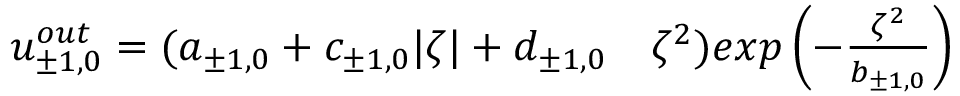
\begin{array} { r l } { u _ { \pm 1 , 0 } ^ { o u t } = ( a _ { \pm 1 , 0 } + c _ { \pm 1 , 0 } | \zeta | + d _ { \pm 1 , 0 } } & { { } \zeta ^ { 2 } ) e x p \left( - \frac { \zeta ^ { 2 } } { b _ { \pm 1 , 0 } } \right) } \end{array}